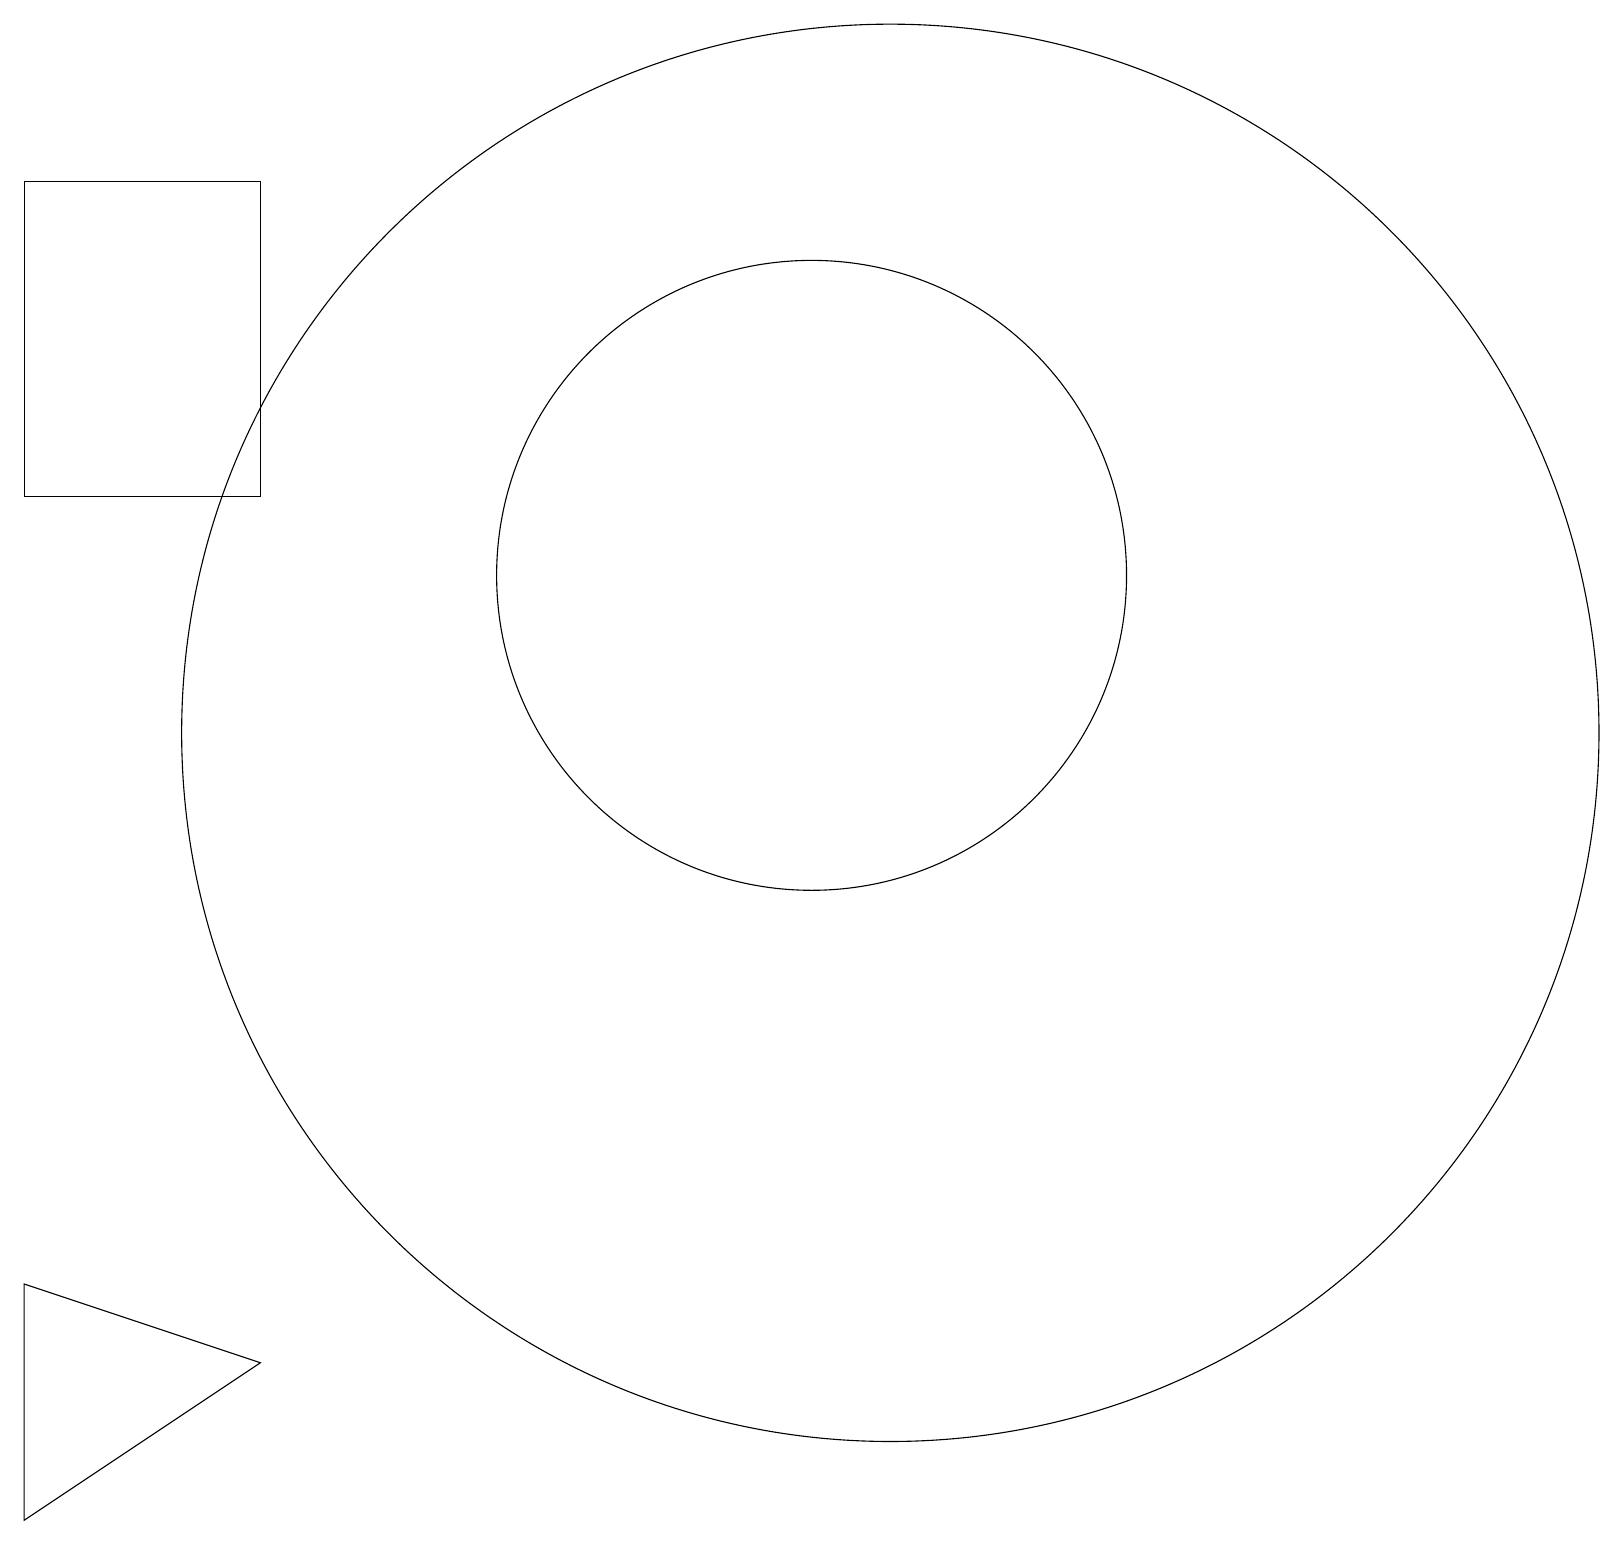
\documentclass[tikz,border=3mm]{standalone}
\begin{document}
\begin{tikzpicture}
\draw (0,17) rectangle (3,13);
\draw (11,10) circle (9);
\draw (0,3) -- (3,2) -- (0,0) -- cycle;
\draw (10,12) circle (4);
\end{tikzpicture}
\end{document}